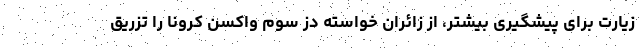
زیارت برای پیشگیری بیشتر، از زائران خواسته دز سوم واکسن کرونا را تزریق